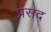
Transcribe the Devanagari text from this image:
प्रसद